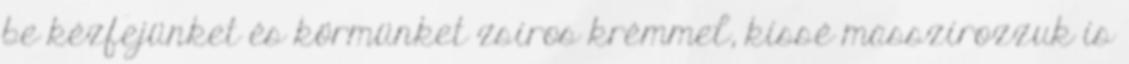
be kézfejünket és körmünket zsíros krémmel, kissé masszírozzuk is